Plague in India, 1896, 1897 - Volume 2
Year: 1896
Disease focus: Plague
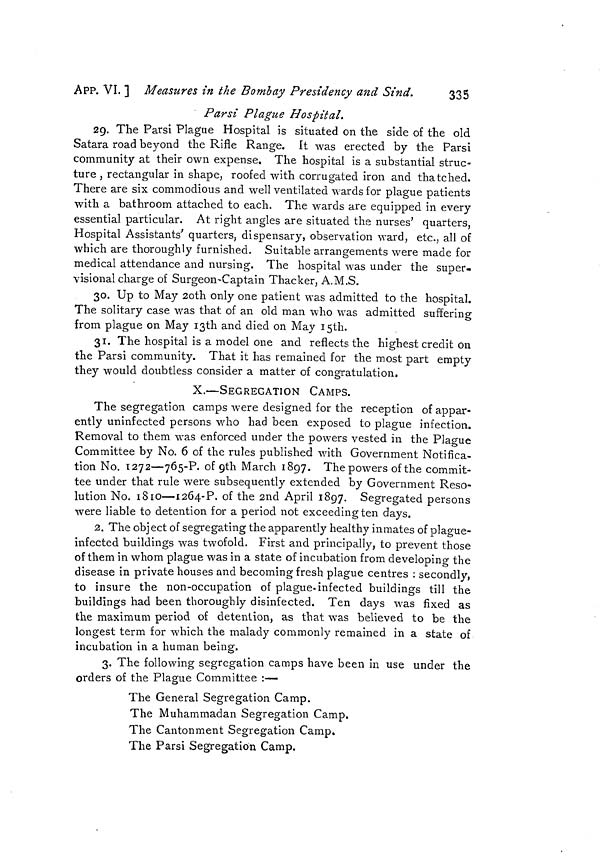
APP. VI. ] Measures in the Bombay Presidency and Sind.
335
Par si Plague Hospital.
29. The Parsi Plague Hospital is situated on the side of the old
Satara road beyond the Rifle Range. It was erected by the Parsi
community at their own expense. The hospital is a substantial struc-
ture , rectangular in shape, roofed with corrugated iron and thatched.
There are six commodious and well ventilated wards for plague patients
with a bathroom attached to each. The wards are equipped in every
essential particular. At right angles are situated the nurses' quarters,
Hospital Assistants' quarters, dispensary, observation ward, etc., all of
which are thoroughly furnished. Suitable arrangements were made for
medical attendance and nursing. The hospital was under the super-
visional charge of Surgeon-Captain Thacker, A.M.S.
30. Up to May 2oth only one patient was admitted to the hospital.
The solitary case was that of an old man who was admitted suffering
from plague on May 13th and died on May 15th.
31. The hospital is a model one and reflects the highest credit on
the Parsi community. That it has remained for the most part empty
they would doubtless consider a matter of congratulation.
X.—SEGREGATION CAMPS.
The segregation camps were designed for the reception of appar-
ently uninfected persons who had been exposed to plague infection.
Removal to them was enforced under the powers vested in the Plague
Committee by No. 6 of the rules published with Government Notifica-
tion No. 1272—765-P. of 9th March 1897. The powers of the commit-
tee under that rule were subsequently extended by Government Reso-
lution No. 1810—I264-P. of the 2nd April 1897. Segregated persons
were liable to detention for a period not exceeding ten days.
2. The object of segregating the apparently healthy inmates of plague-
infected buildings was twofold. First and principally, to prevent those
of them in whom plague was in a state of incubation from developing the
disease in private houses and becoming fresh plague centres : secondly,
to insure the non-occupation of plague-infected buildings till the
buildings had been thoroughly disinfected. Ten days was fixed as
the maximum period of detention, as that was believed to be the
longest term for which the malady commonly remained in a state of
incubation in a human being.
3. The following segregation camps have been in use under the
orders of the Plague Committee :—
The General Segregation Camp.
The Muhammadan Segregation Camp.
The Cantonment Segregation Camp.
The Parsi Segregation Camp.